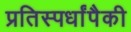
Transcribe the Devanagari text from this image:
प्रतिस्पर्धांपैकी